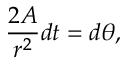
{ \frac { 2 A } { r ^ { 2 } } } d t = d \theta ,